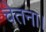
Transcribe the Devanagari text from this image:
चेतना।